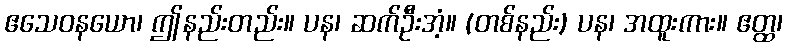
ဧသေဝနယော၊ ဤနည်းတည်း။ ပန၊ ဆက်ဦးအံ့။ (တစ်နည်း) ပန၊ အထူးကား။ ဧတ္ထ၊